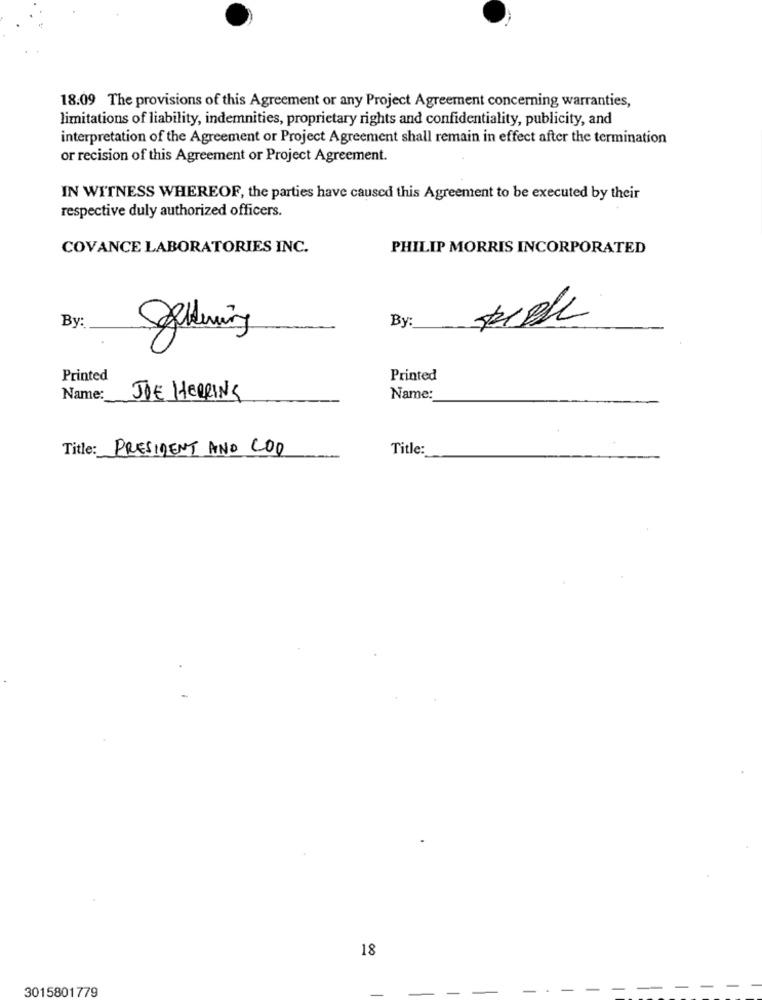
18.09 The provisions of this Agreement or any Project Agreement concerning warranties,
limitations of liability, indemnities, proprietary rights and confidentiality, publicity, and
interpretation of the Agreement or Project Agreement shall remain in effect after the termination
or recision of this Agreement or Project Agreement.
IN WITNESS WHEREOF, the parties have caused this Agreement to be executed by their
respective duly authorized officers.
COVANCE LABORATORIES INC.
PHILIP MORRIS INCORPORATED
By:
By:
Stering
Printed
Printed
Name: JOE HERRING
Name:
Title: PRESIDENT AND COO
Title:
18
3015801779